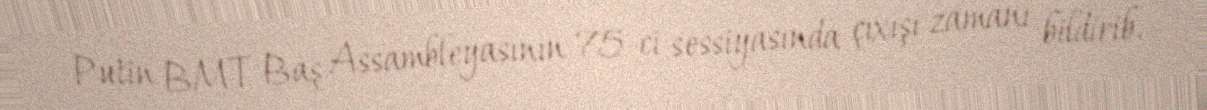
Putin BMT Baş Assambleyasının 75-ci sessiyasında çıxışı zamanı bildirib.